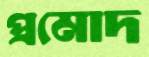
প্রমোদ